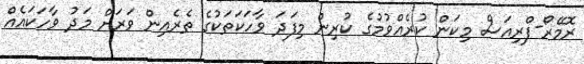
ރޮމޭރޯ-ފްރިއަސް މިކަން ކުރެއްވުމުގެ ކުރިން މިފަދަ ވާހަކަތަކުގެ ތެރެއިން ވަރަށް މަދު ވާހަކައެއް